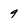
Character: 9